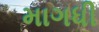
માગધી